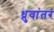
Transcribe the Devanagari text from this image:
ध्रुवांतर